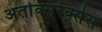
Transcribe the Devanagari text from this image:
अर्ताक्सरेक्सेस